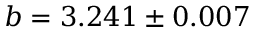
b = 3 . 2 4 1 \pm 0 . 0 0 7